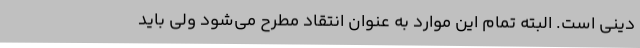
دینی است. البته تمام این موارد به عنوان انتقاد مطرح می‌شود ولی باید